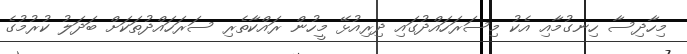
މިހާދިސާ ހިނގުމާއި އެކު މިސަރަހައްދުގައި ދިރިއުޅޭ މީހުން ރައްކާތެރި ސަރަހައްދުތަކަށް ބަދަލު ކުރުމުގެ